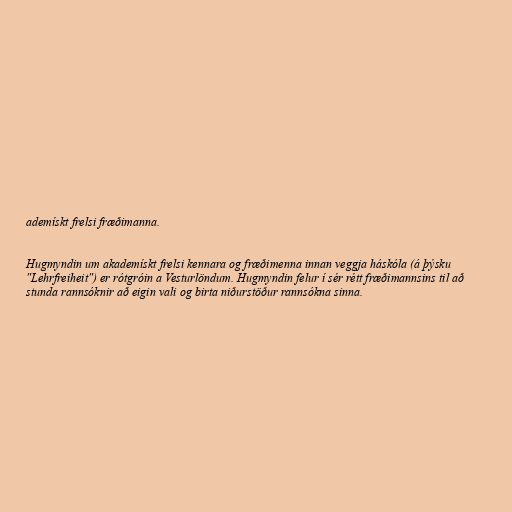
ademískt frelsi fræðimanna.

Hugmyndin um akademískt frelsi kennara og fræðimenna innan veggja háskóla (á þýsku
"Lehrfreiheit") er rótgróin a Vesturlöndum. Hugmyndin felur í sér rétt fræðimannsins til að
stunda rannsóknir að eigin vali og birta niðurstöður rannsókna sinna.